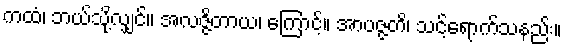
ကထံ၊ ဘယ်သို့လျှင်။ အလဇ္ဇိတာယ၊ ကြောင့်။ အာပဇ္ဇတိ၊ သင့်ရောက်သနည်း။